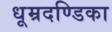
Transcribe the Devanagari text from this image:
धूम्रदण्डिका